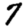
Digit: 7